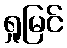
ရှုမြင်